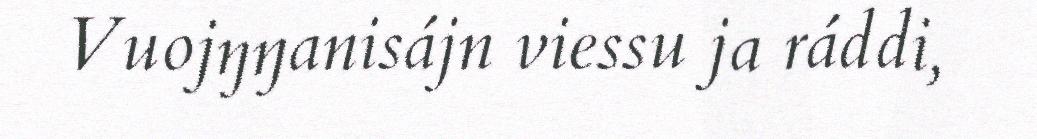
Vuojŋŋanisájn viessu ja ráddi,